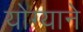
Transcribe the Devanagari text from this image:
योग्याने